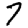
Digit: 7